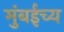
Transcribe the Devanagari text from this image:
मुंबईच्य